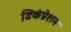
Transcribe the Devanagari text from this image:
डिकंप्रेशन